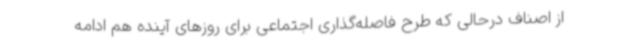
از اصناف درحالی که طرح فاصله‌گذاری اجتماعی برای روزهای آینده هم ادامه